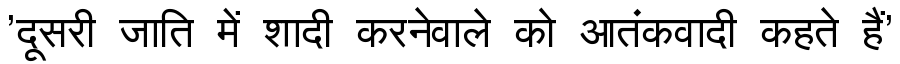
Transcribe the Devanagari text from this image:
'दूसरी जाति में शादी करनेवाले को आतंकवादी कहते हैं'